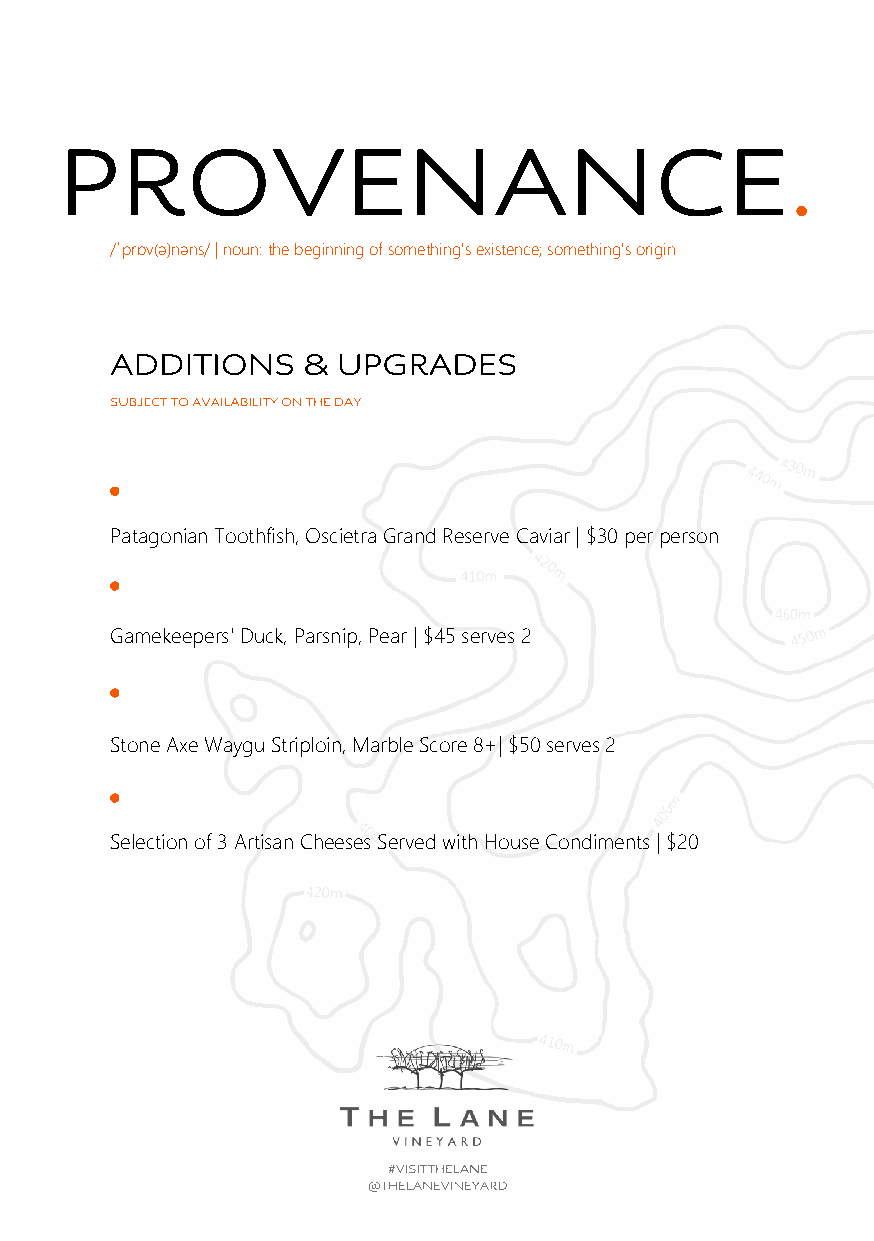
PROVENANCE.
 /ˈprɒv(ə)nəns/ | noun: the beginning of something's existence; something's origin
 ATDICDK YIOTUIOR PNACSK P &REF UEREPNGCERADES
 SUBJECT TO AVAILABILITY ON THE DAY
 Patagonian Toothfish, Oscietra Grand Reserve Caviar | $30 per person
 Gamekeepers' Duck, Parsnip, Pear | $45 serves 2
 Stone Axe Waygu Striploin, Marble Score 8+| $50 serves 2
 Selection of 3 Artisan Cheeses Served with House Condiments | $20
 #VISITTHELANE
 @THELANEVINEYARD